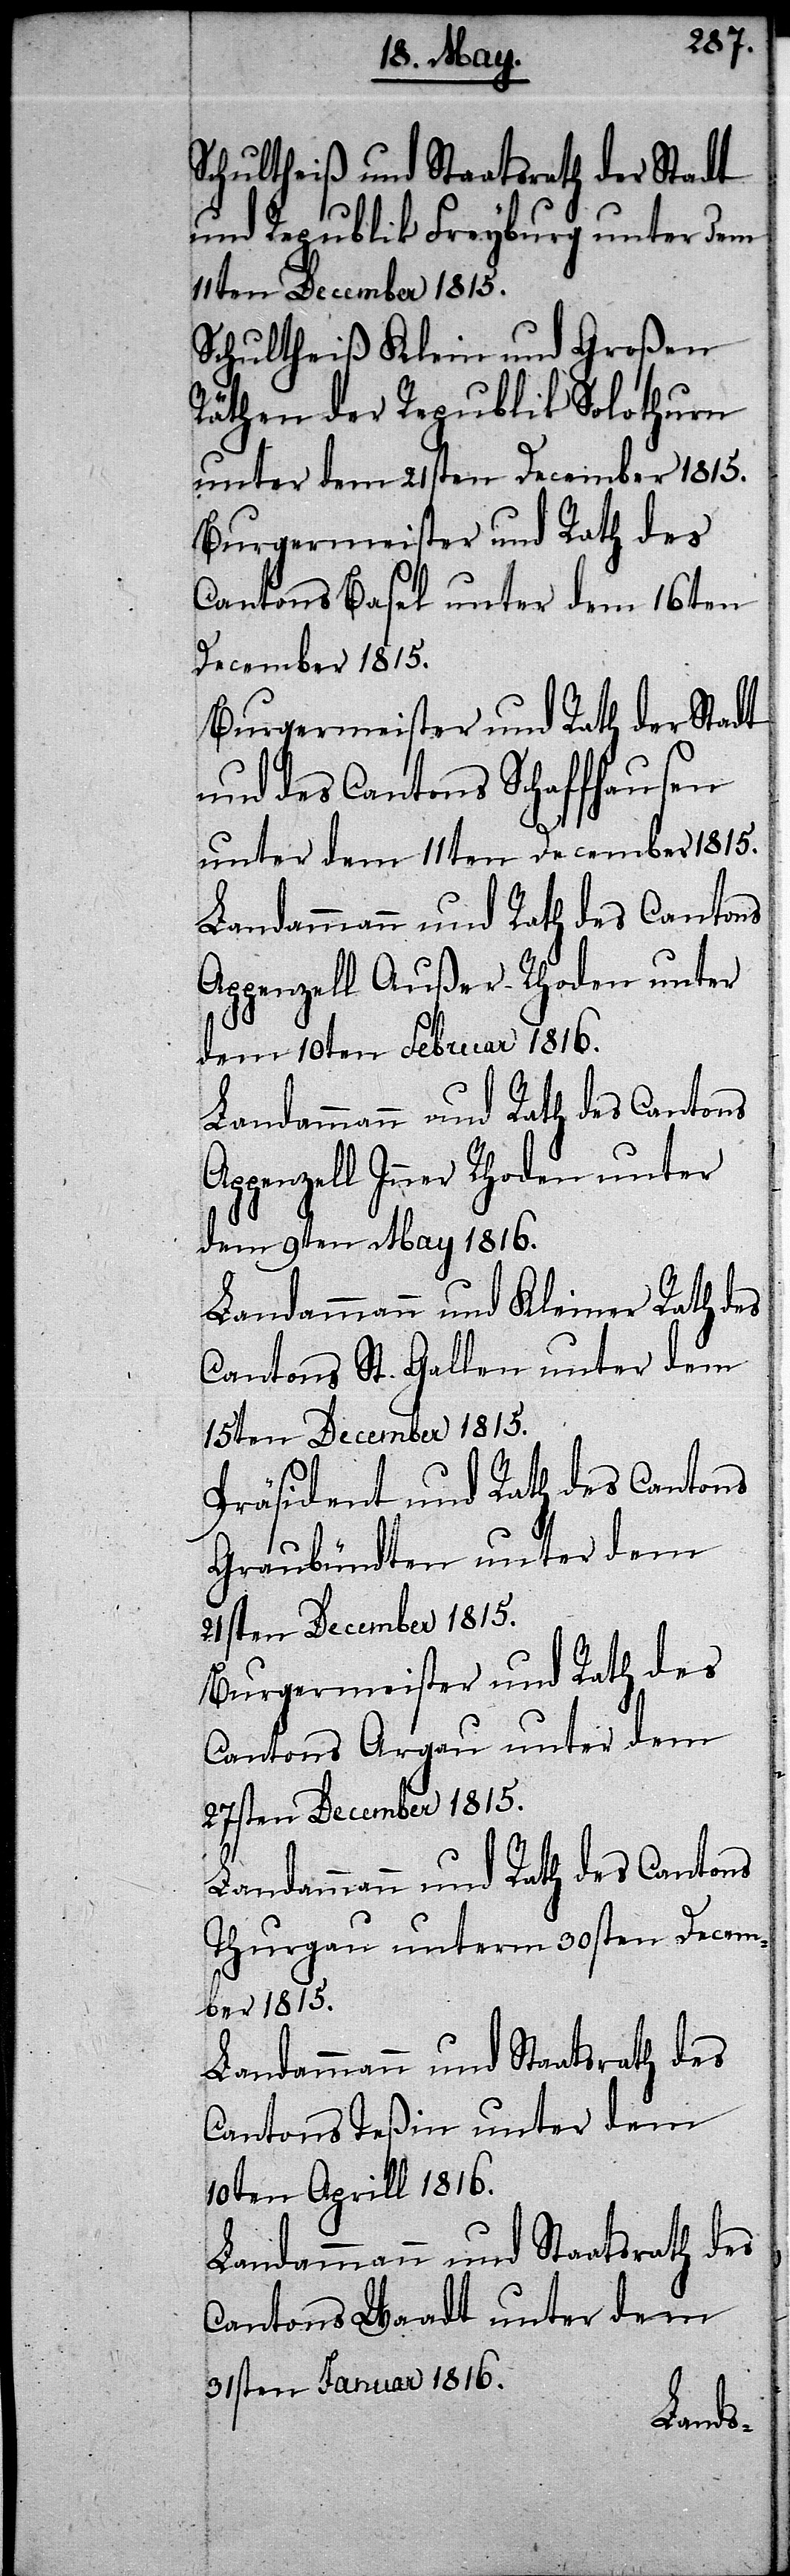
Schultheiß und Staatsrath der Stadt
und Republik Freyburg unter dem
11ten December 1815.
Schultheiß Klein und Großen
Räthen der Republik Freyburg
unter dem 11ten December 1815.
Burgermeister und Rath des
Cantons Basel unter dem 16ten
December 1815.
Burgermeister und Rath der Stadt
und des Cantons Schaffhausen
unter dem 11ten December 1815.
Landammann und Rath des Cantons
Appenzell Inner Rhoden unter
dem 10ten Februar 1816.
dem 9ten May 1816.
Landammann und Kleiner Rath des
Cantons St. Gallen unter dem
15ten December 1815.
Präsident und Raht des Cantons
Graubündten unter dem
21sten December 1815.
Burgermeister und Rath des
Cantons Argau unter dem
27sten December 1815.
Landammann und Rath des Cantons
Thurgau unterm 30sten Decem¬
ber 1815.
Landammann und Staatsrath des
Cantons Teßin unter dem
10ten Aprill 1816.
Landammann und Staatsrath des
Cantons Waadt unter dem
31sten Januar 1816.